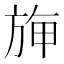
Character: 𣃻